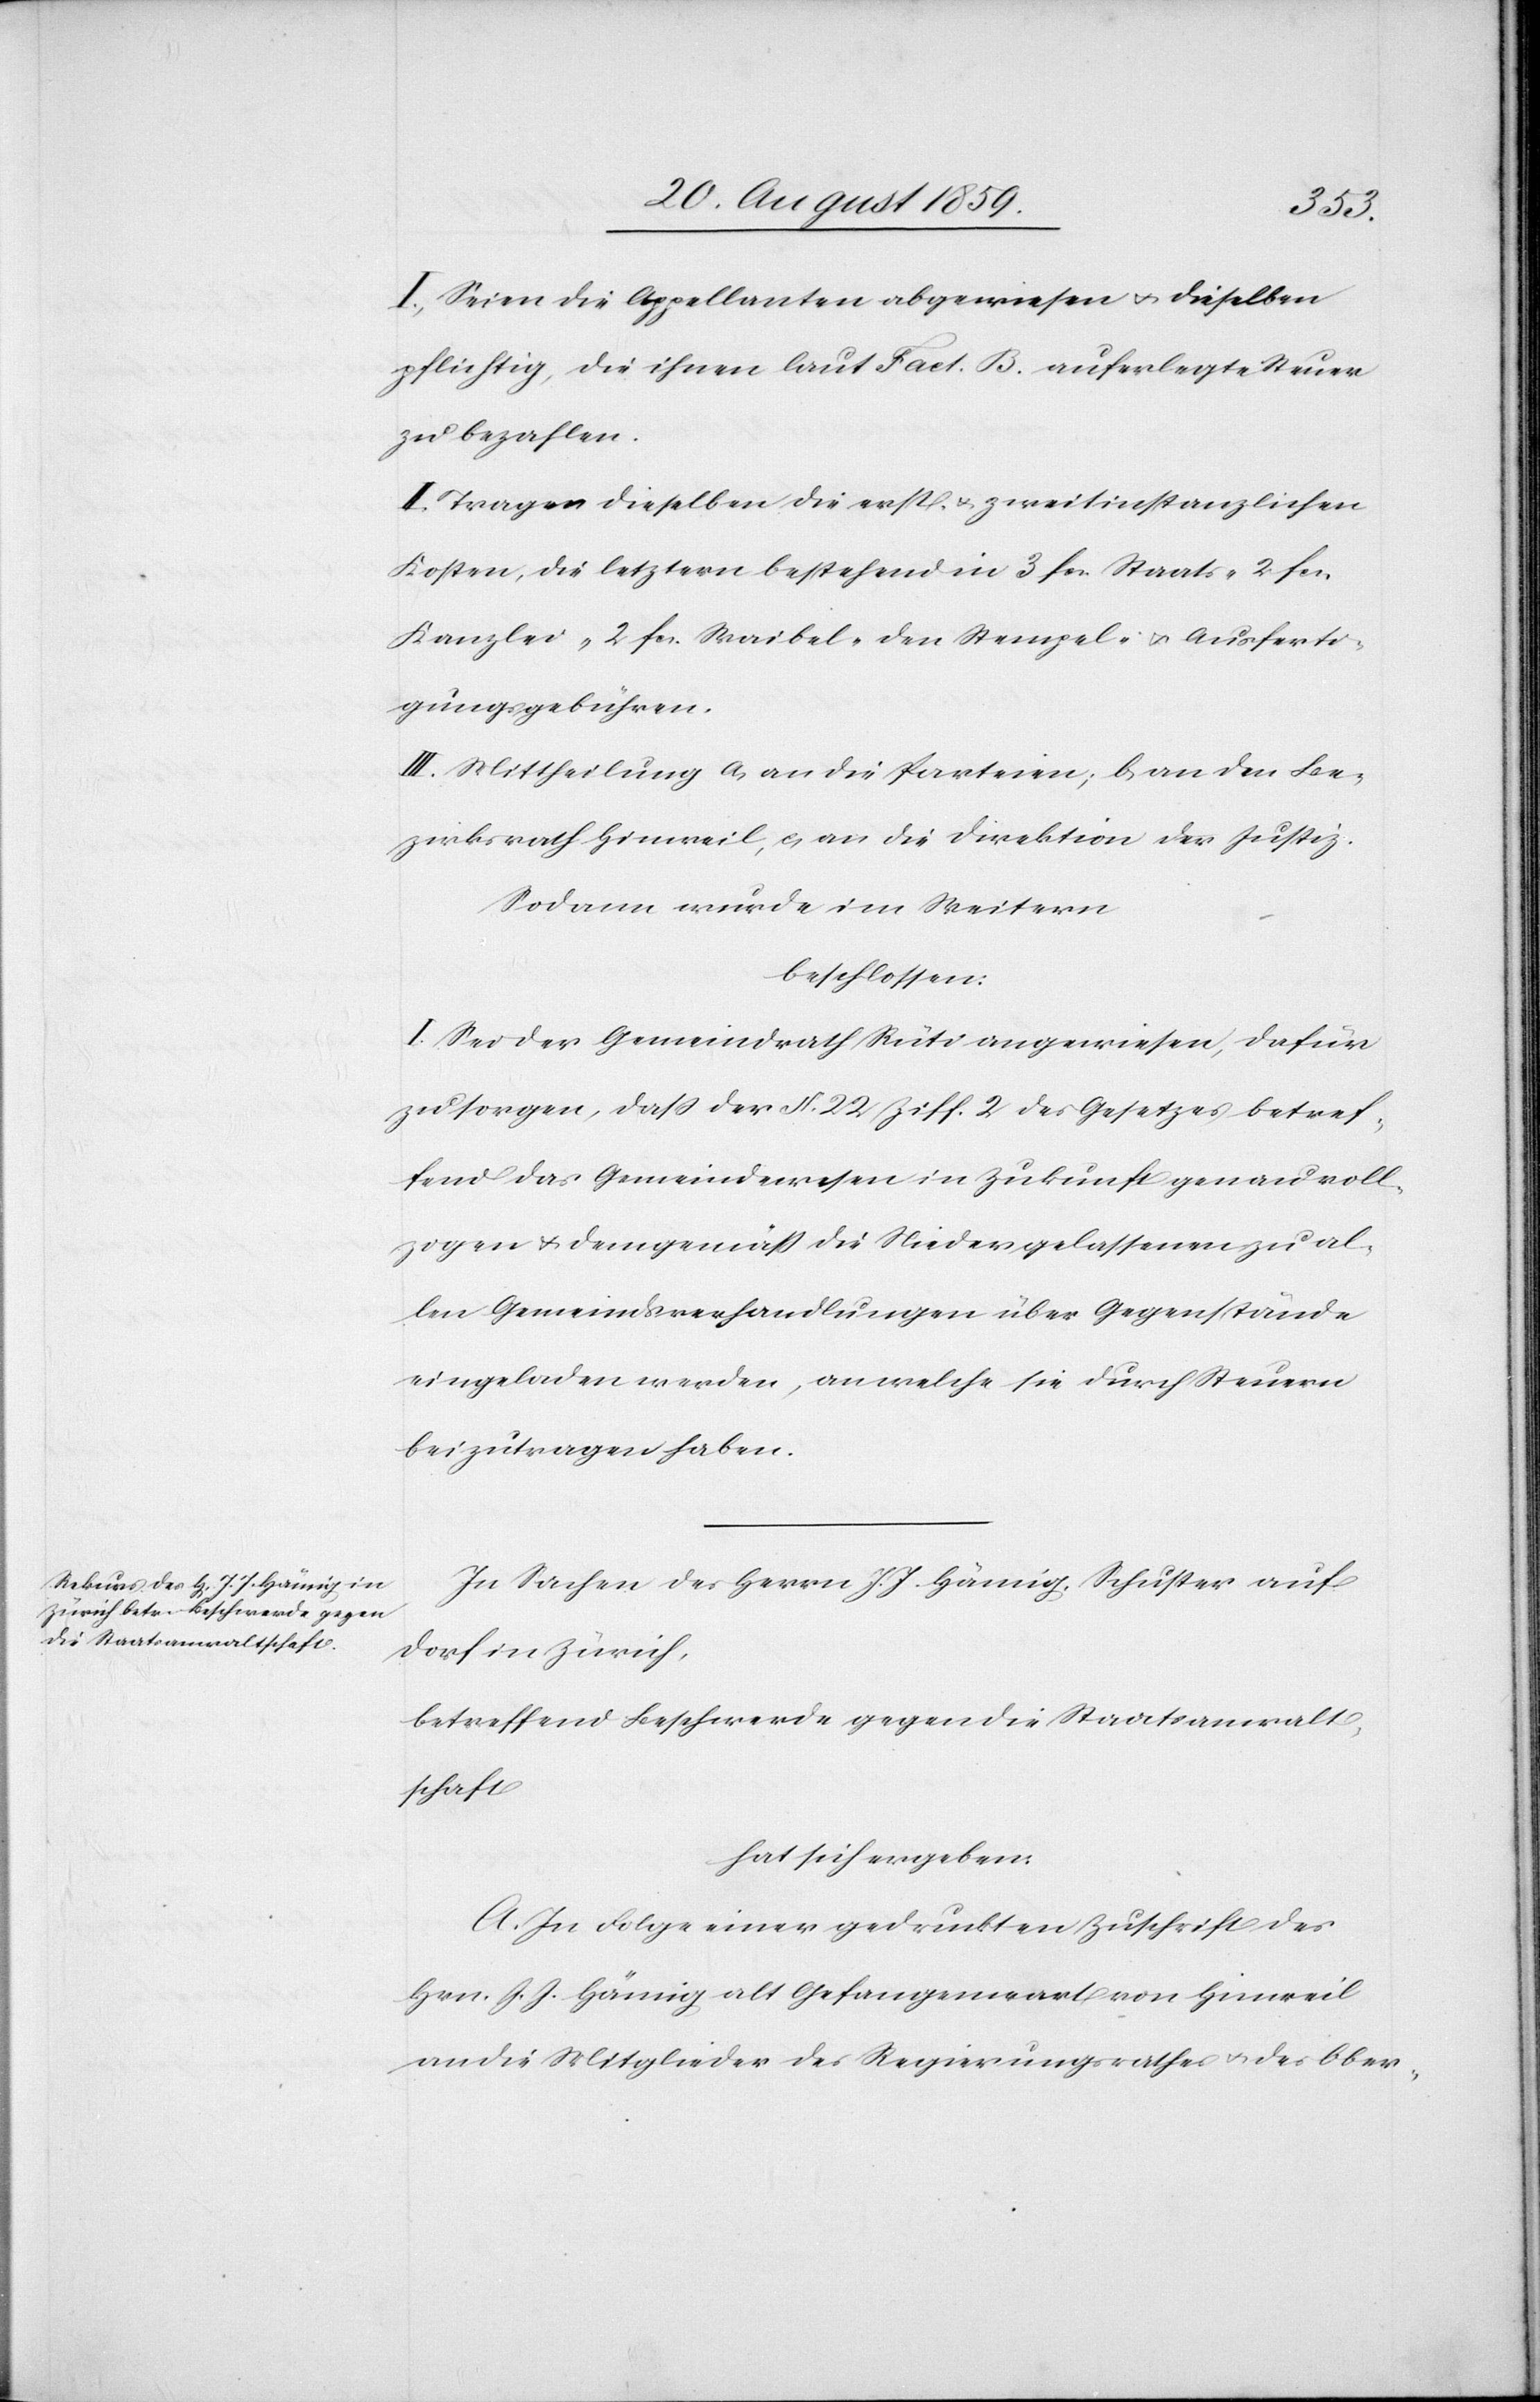
I. Seien die Appellanten abgewiesen u. dieselben
pflichtig, die ihnen laut Fact. B. auferlegte Steuer
zu bezahlen.
Tragen dieselben die resp. u. zweitinstanzlichen
Kosten, die letztern bestehend in 3. fcs. Staats- 2. fcs.
Kanzlei- 2. fcs. Waibel- den Stempel- u. Ausferti¬
gungsgebühren.
III. Mittheilung a) an die Parteien; b) an den Be¬
zirksrath Hinweil, c) an die Direktion der Justiz.
Sodann wurde im Weitern
beschlossen:
I. Sei der Gemeindrath Rüti angewiesen, dafür
zu sorgen, daß der § 22 Ziff. 2 des Gesetzes betref¬
fend das Gemeindewesen in Zukunft genau voll¬
zogen u. demgemäß die Niedergelassenen zu al¬
len Gemeindsverhandlungen über Gegenstände
eingeladen werden, an welche sie durch Steuern
beizutragen haben.
In Sachen des Herrn J. J. Hämig, Schuster auf
Dorf in Zürich,
betreffend Beschwerde gegen die Staatsanwalt¬
schaft
hat sich ergeben:
A. In Folge einer gedruckten Zuschrift des
Hrn. J. J. Hämig alt Gefangenwart von Hinweil
an die Mitglieder des Regierungsrathes u. des Ober-